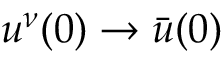
u ^ { \nu } ( 0 ) \to \bar { u } ( 0 )